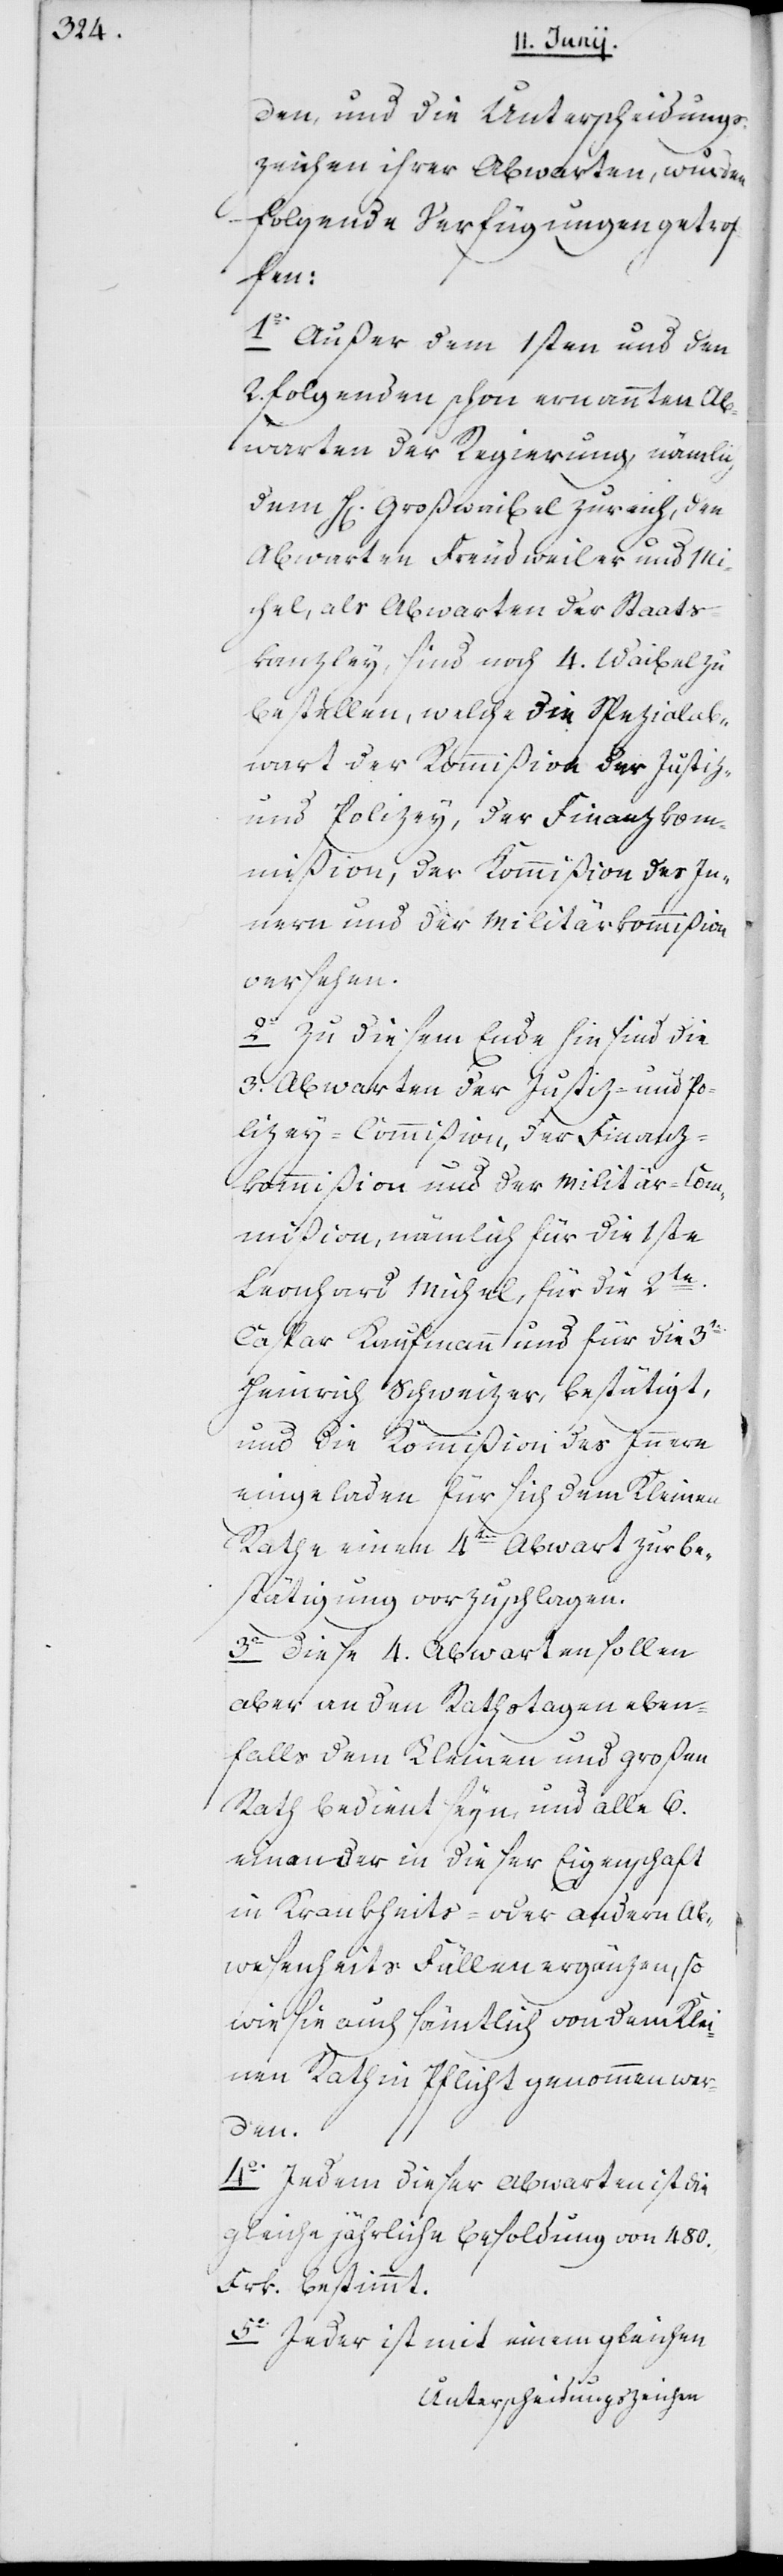
den, und die Unterscheidungs¬
zeichen ihrer Abwarten, wurde¬
n folgende Verfügungen getrof¬
fen:
1o. Außer dem 1sten und den
2.folgenden schon ernannten Ab¬
warten der Regierung, nämlich
den Herrn Großwaibel Zureich, den
Abwarten Freudweiler und Mi¬
chel, als Abwarten der Staats¬
kanzley, sind noch 4. Waibel zu
bestellen, welche die Spezialab¬
wart der Kommißion der Justiz-
und Polizey, der Finanzkom¬
mißion, der Kommißion des In¬
nern und der Militärkommißion
versehen.
2o Zu diesem Ende hin sind die
drey Abwarten der Justiz- und Po¬
lizey-Commißion, der Finanz¬
kommißion und der Militär-Com¬
mißion, nämlich für die 1ste
Leonhard Michel, für die 2te
Caspar Kaufmann und für die 3te
Heinrich Schweizer, bestätigt,
und die Kommißion des Innern
eingeladen für sich dem Kleinen
Rathe einen 4ten Abwart zur Be¬
stätigung vorzuschlagen.
3o. Diese 4. Abwarten sollen
aber an den Rathstagen eben¬
falls dem Kleinen und Großen
Rath bedient sein, und alle 6.
einander in dieser Eigenschaft
in Krankheits- oder andern Ab¬
wesenheitsfällen ergänzen, so
wie sie auch sämtlich von dem Klei¬
nen Rath in Pflicht genommen wer¬
den.
4o. Jedem dieser Abwarten ist die
gleiche jährliche Besoldung von 480.
Frk. bestimmt.
5o. Jeder ist mit einem gleichen